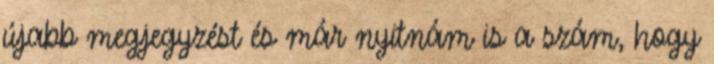
újabb megjegyzést és már nyitnám is a szám, hogy